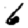
Digit: 6